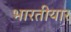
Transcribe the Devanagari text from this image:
भारतीयार